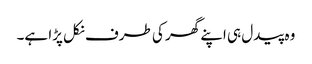
وہ پیدل ہی اپنے گھر کی طرف نکل پڑا ہے۔